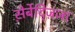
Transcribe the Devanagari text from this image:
स़ेर्बेद्ज़िजा